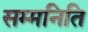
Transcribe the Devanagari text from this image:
सम्मनिति